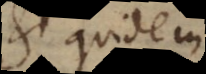
si quidem